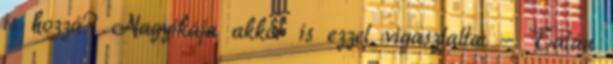
is hozzá? Nagyikája akkor is ezzel vigasztalta: - Talán